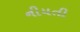
નીયતી